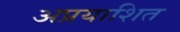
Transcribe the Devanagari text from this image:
अप्रयाशित